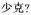
少克?